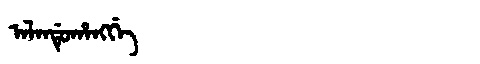
Manchu: ᠠᠯᠠᠨᡩᡠᡥᠠᠩᡤᡝ
Romanization: ALANDUHANGGE